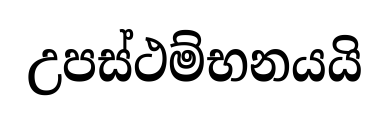
උපස්ථම්භනයයි